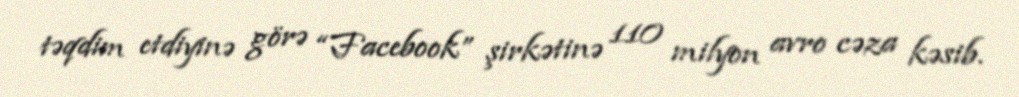
təqdim etdiyinə görə “Facebook” şirkətinə 110 milyon avro cəza kəsib.